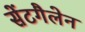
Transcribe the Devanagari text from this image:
सेंटगैलेन